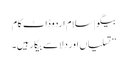
بیگو | سلام اردو ڈاٹ کام
’’تسلیاں اور دلاسے بیکار ہیں۔